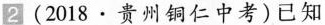
2 (2018·贵州铜仁中考)已知